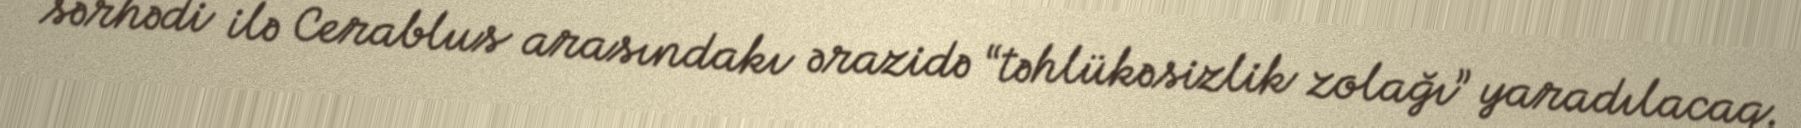
sərhədi ilə Cerablus arasındakı ərazidə “təhlükəsizlik zolağı” yaradılacaq.